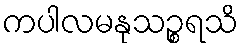
ကပါလမနုသဉ္စရသိ